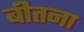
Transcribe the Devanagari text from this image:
बीतना